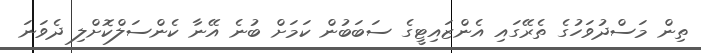
ތިން މަސްދުވަހުގެ ތެރޭގައި އެންޒައިޓީގެ ސަބަބުން ކަމަށް ބުނެ އޭނާ ކެންސަލްކޮށްލި ދެވަނަ